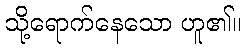
သို့ရောက်နေသော ဟူ၏။